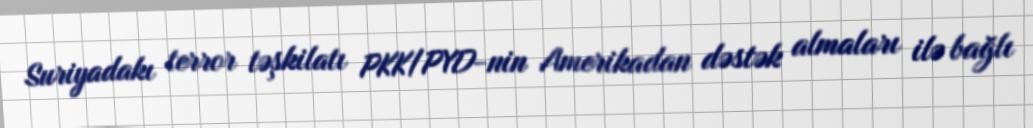
Suriyadakı terror təşkilatı PKK/PYD-nin Amerikadan dəstək almaları ilə bağlı